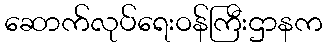
ဆောက်လုပ်ရေးဝန်ကြီးဌာနက